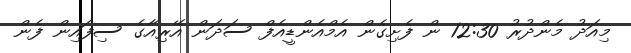
މިއަދު މެންދުރު 12:30 ން ފެށިގެން އެމްއެންޑީއެފް ސަދަން އޭރިއާގެ ސިފައިން ފެން